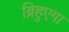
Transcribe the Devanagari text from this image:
ब्रिहुएगा